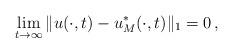
LaTeX: \begin{align*}\lim_{t\to\infty} \|u(\cdot,t)-u^*_M(\cdot,t)\|_1=0\,,\end{align*}